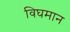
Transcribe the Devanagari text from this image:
विघमान